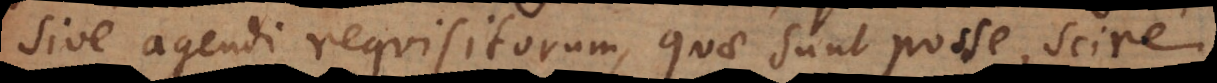
sive agendi requisitorum, quae sunt posse, scire,